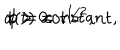
LaTeX: a ( t ) = t ^ { 1 / 2 } , \hspace { 0 . 3 c m } \phi = \mathrm { c o n s t a n t } , \hspace { 0 . 5 c m } t > 0 .